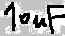
Text: 10uF